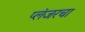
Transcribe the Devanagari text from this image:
प्लंजरचा